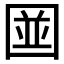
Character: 𪢭